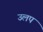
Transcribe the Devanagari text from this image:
उलप